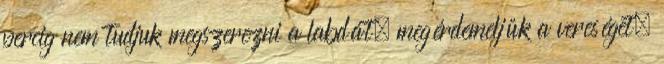
percig nem tudjuk megszerezni a labdát, megérdemeljük a vereséget.